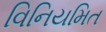
વિનિયમિત